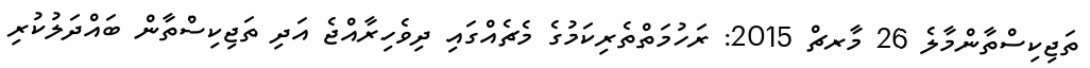
ތަޖިކިސްތާންމާލެ 26 މާރޗް 2015: ރަހުމަތްތެރިކަމުގެ މެޗެއްގައި ދިވެހިރާއްޖެ އަދި ތަޖިކިސްތާން ބައްދަލުކުރި